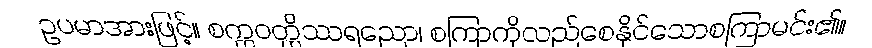
ဥပမာအားဖြင့်။ စက္ကဝတ္တိဿရညော၊ စကြာကိုလည်စေနိုင်သောစကြာမင်း၏။